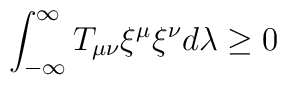
\int_{-\infty}^{\infty} T_{\mu\nu}{\xi}^{\mu}{\xi}^{\nu} d\lambda \ge 0